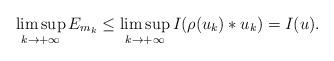
LaTeX: \begin{gather*}\limsup_{k \to +\infty} E_{m_k} \leq \limsup_{k \to +\infty}I(\rho(u_k)*u_k)=I(u).\end{gather*}